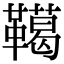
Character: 𩍛